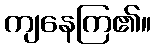
ကျနေကြ၏။